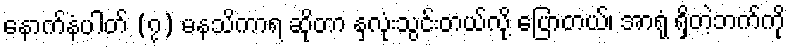
နောက်နံပါတ် (၇) မနသိကာရ ဆိုတာ နှလုံးသွင်းတယ်လို့ ပြောတယ်၊ အာရုံ ရှိတဲ့ဘက်ကို